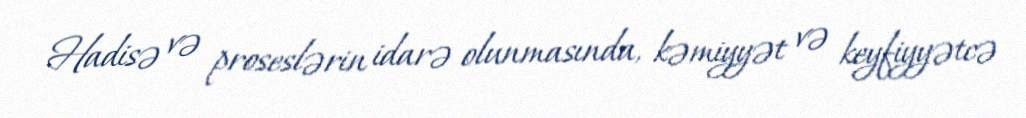
Hadisə və proseslərin idarə olunmasında, kəmiyyət və keyfiyyətcə